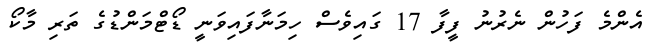
އެންމެ ފަހުން ނެރުނު ފީފާ 17 ގައިވެސް ހިމަނާފައިވަނީ ޑޯޓްމަންޑުގެ ތަރި މާކޯ